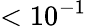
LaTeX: <10^{-1}